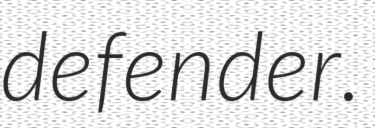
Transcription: defender.